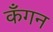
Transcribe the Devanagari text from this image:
कँगन